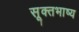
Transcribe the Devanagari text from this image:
सूक्तभाष्य